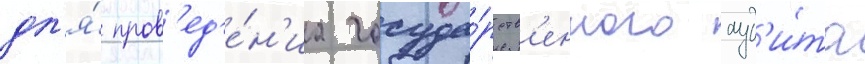
дл'я́ пров'ед'е́н'иа госуда́рств'енного ауд'и́та